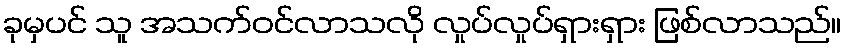
ခုမှပင် သူ အသက်ဝင်လာသလို လှုပ်လှုပ်ရှားရှား ဖြစ်လာသည်။